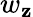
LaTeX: w_{\mathbf{z}}